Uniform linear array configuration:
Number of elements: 64
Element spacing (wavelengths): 1
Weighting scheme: exponential
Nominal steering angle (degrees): -30
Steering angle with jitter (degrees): -28.946
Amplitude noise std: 0.05
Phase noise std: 0.05

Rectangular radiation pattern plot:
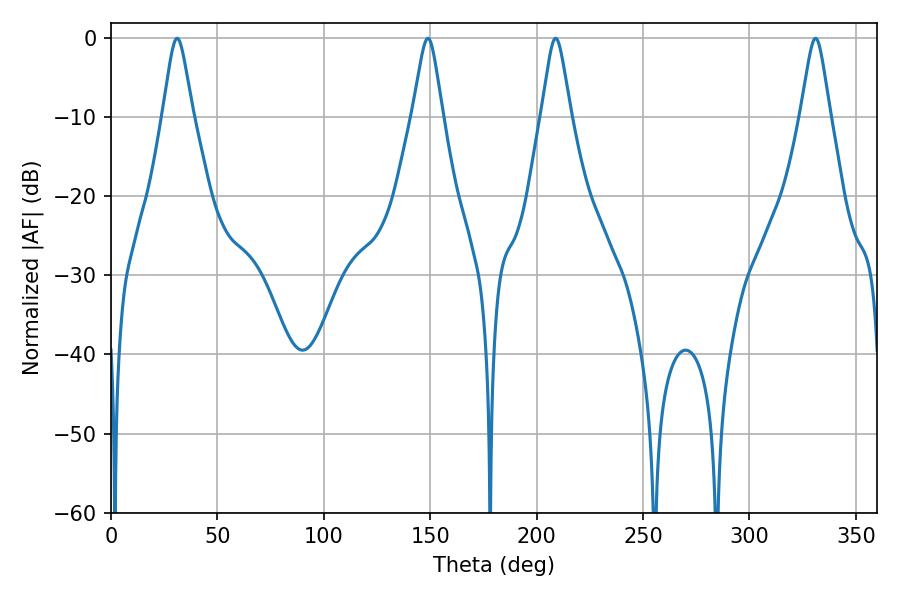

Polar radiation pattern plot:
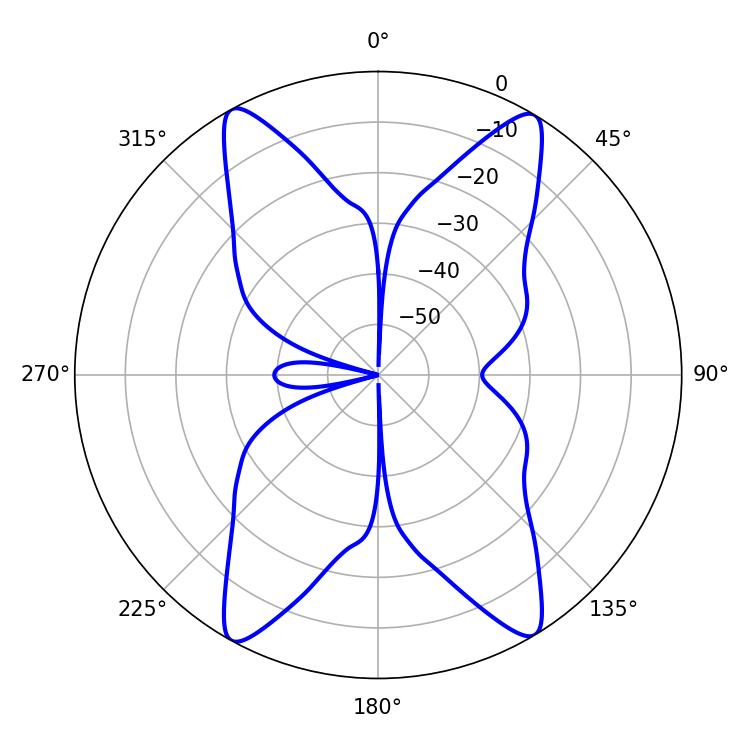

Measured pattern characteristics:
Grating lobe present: TRUE
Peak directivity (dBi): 21.718
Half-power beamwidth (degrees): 6.48
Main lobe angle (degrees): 208.98